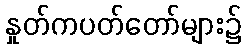
နှုတ်ကပတ်တော်များ၌